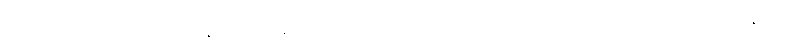
ဒေါက်တာမိက ဝိတ်ကလေးနှင့် ကစားဖို့ ညီမလေး တစ်ယောက် ယူလာတယ် သိလား၊ ကောင်ကောင်း နေရင်